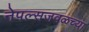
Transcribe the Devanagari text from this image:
नेपल्सजवळच्या